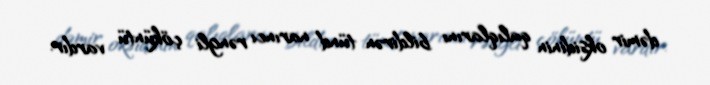
dəmir oksidinin qalıqlarını bildirən tünd narıncı rəngli çöküntü vardır.